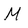
Character: M